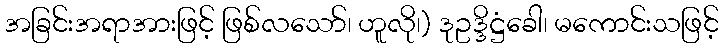
အခြင်းအရာအားဖြင့် ဖြစ်လသော်၊ ဟူလို၊) ဒုဥဒ္ဒိဋ္ဌံခေါ၊ မကောင်းသဖြင့်